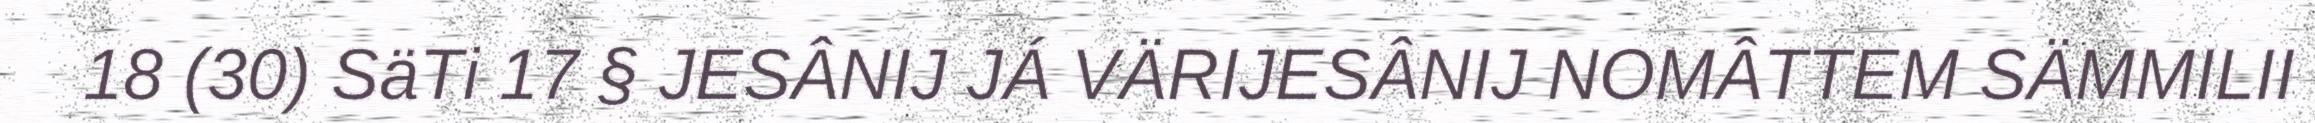
18 (30) SäTi 17 § JESÂNIJ JÁ VÄRIJESÂNIJ NOMÂTTEM SÄMMILII